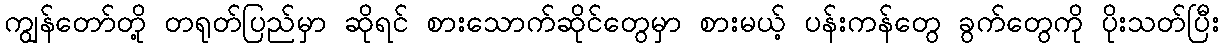
ကျွန်တော်တို့ တရုတ်ပြည်မှာ ဆိုရင် စားသောက်ဆိုင်တွေမှာ စားမယ့် ပန်းကန်တွေ ခွက်တွေကို ပိုးသတ်ပြီး